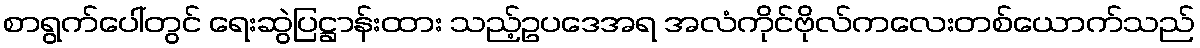
စာရွက်ပေါ်တွင် ရေးဆွဲပြဋ္ဌာန်းထား သည့်ဥပဒေအရ အလံကိုင်ဗိုလ်ကလေးတစ်ယောက်သည်